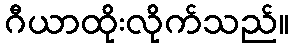
ဂီယာထိုးလိုက်သည်။